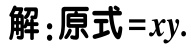
解：原式 = \(xy\).